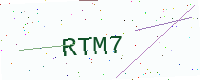
Text: RTM7